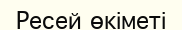
Ресей өкіметі